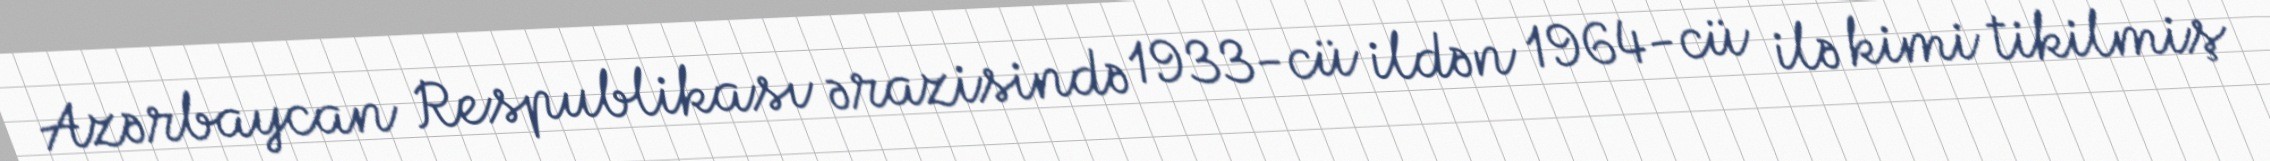
Azərbaycan Respublikası ərazisində 1933-cü ildən 1964-cü ilə kimi tikilmiş